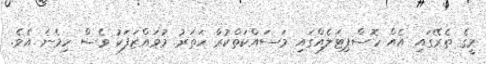
މީގެ ތެރޭގައި އެއް ހޮސްޕިޓަލެއްގައި މަސައްކަތްކުރާ ހަތަރު މުވައްޒަފަކު ވެސް ހިމެނެ އެވެ.